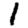
Digit: 1